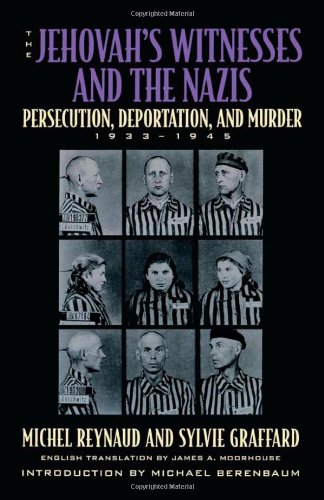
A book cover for The Jehovah's Witnesses and the Nazis: Persecution, Deportation, and Murder, 1933-1945; Michel Reynaud; Christian Books & Bibles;